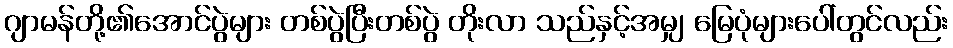
ဂျာမန်တို့၏အောင်ပွဲများ တစ်ပွဲပြီးတစ်ပွဲ တိုးလာ သည်နှင့်အမျှ မြေပုံများပေါ်တွင်လည်း